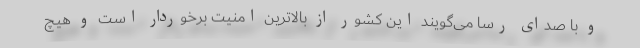
و با صدای رسا می‌گویند این کشور از بالاترین امنیت برخوردار است و هیچ